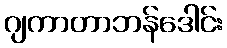
ဂျကာတာဘန်ဒေါင်း